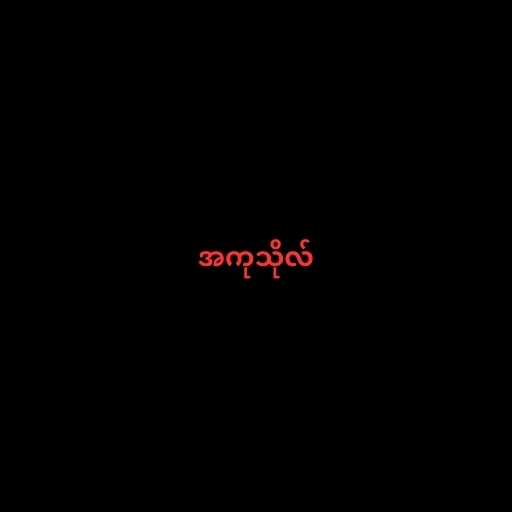
အကုသိုလ်